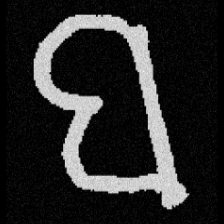
Pyu character \u2014 Myanmar letter: ဗ (romanized: ba)